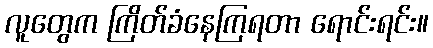
လူတွေက ကြိတ်ခံနေကြရတာ ရောင်းရင်း။